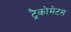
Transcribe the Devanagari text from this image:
ट्रैकोमेटस